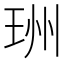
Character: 𤥅